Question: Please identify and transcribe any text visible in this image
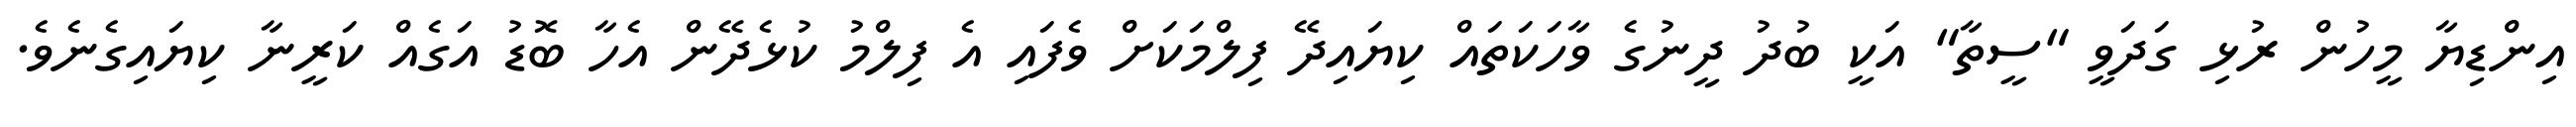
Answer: އިންޑިޔާ މީހުން ރުޅި ގަދަވީ "ސީތާ" އަކީ ބުދު ދީނުގެ ވާހަކަތައް ކިޔައިދޭ ފިލްމަކަށް ވެފައި އެ ފިލްމު ކުޅެދޭން އެހާ ބޮޑު އަގެއް ކަރީނާ ކިޔައިގެނެވެ.